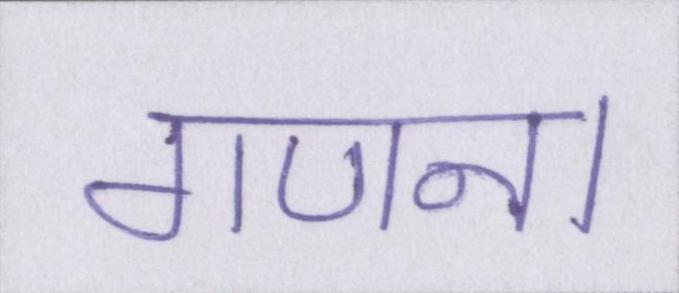
गणना